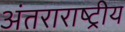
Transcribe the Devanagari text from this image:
अंतराराष्ट्रीय